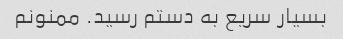
بسیار سریع به دستم رسید. ممنونم